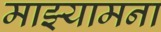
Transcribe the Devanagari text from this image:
माझ्यामना